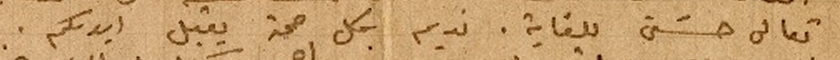
تعالى حسَن للغاية. نديم بكل صحة يقبل ايديكم.